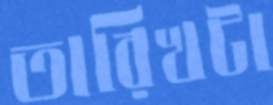
তারিখটা